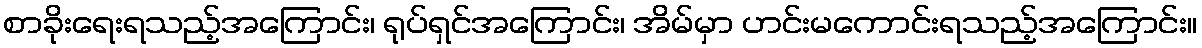
စာခိုးရေးရသည့်အကြောင်း၊ ရုပ်ရှင်အကြောင်း၊ အိမ်မှာ ဟင်းမကောင်းရသည့်အကြောင်း။